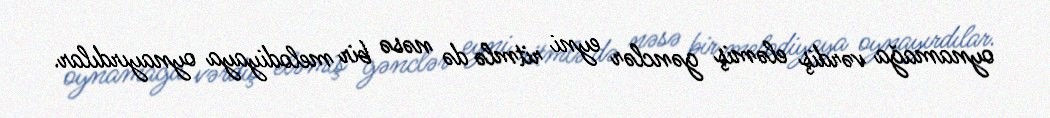
oynamağa vərdiş eləmiş gənclər eyni ritmlə də nəsə bir melodiyaya oynayırdılar.